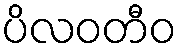
ပိလဝတီဝ